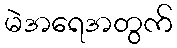
မဲအရေအတွက်